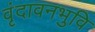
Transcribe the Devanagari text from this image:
वृंदावनभुवि